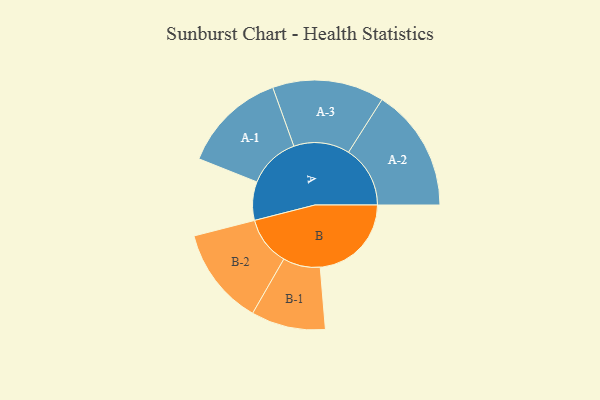
{"axis": {"x": "Segment", "y": "Value"}, "legend": ["", "A", "B"], "data": [{"x": "A", "y": 167, "type": ""}, {"x": "B", "y": 395, "type": ""}, {"x": "A-1", "y": 225, "type": "A"}, {"x": "A-2", "y": 267, "type": "A"}, {"x": "A-3", "y": 242, "type": "A"}, {"x": "B-1", "y": 161, "type": "B"}, {"x": "B-2", "y": 212, "type": "B"}]}